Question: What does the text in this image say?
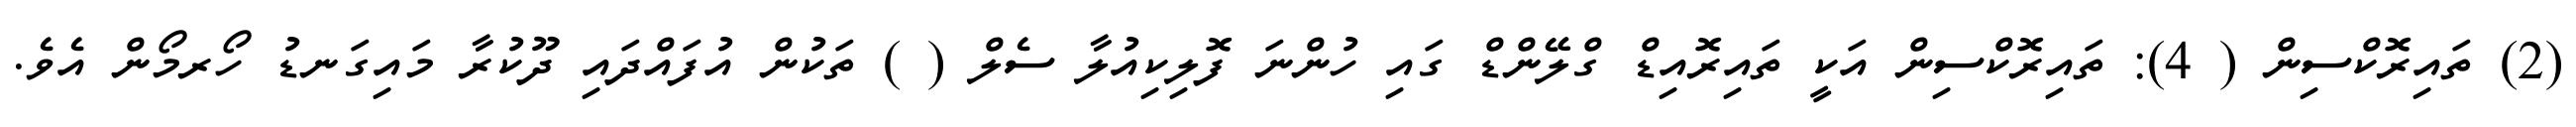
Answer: (2) ތައިރޮކްސިން ( 4): ތައިރޮކްސިން އަކީ ތައިރޮއިޑް ގްލޭންޑް ގައި ހުންނަ ފޮލިކިއުލާ ސެލް ( ) ތަކުން އުފައްދައި ދޫކުރާ މައިގަނޑު ހޯރމޯން އެވެ.